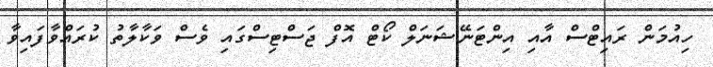
ހިއުމަން ރައިޓްސް އާއި އިންޓަނޭޝަނަލް ކޯޓް އޮފް ޖަސްޓިސްގައި ވެސް ވަކާލާތު ކުރައްވާފައިވާ